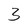
Character: 3